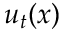
{ \boldsymbol u } _ { t } ( \boldsymbol { x } )